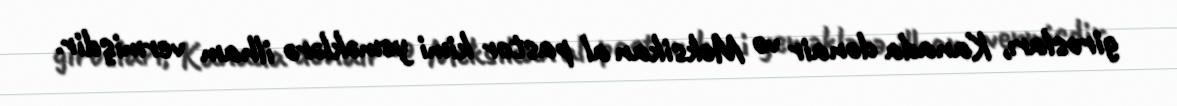
girosları, Kanada donair və Meksikan al pastor kimi yeməklərə ilham vermişdir.